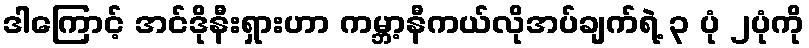
ဒါကြောင့် အင်ဒိုနီးရှားဟာ ကမ္ဘာ့နီကယ်လိုအပ်ချက်ရဲ့ ၃ ပုံ ၂ပုံကို